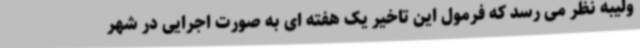
ولیبه نظر می رسد که فرمول این تاخیر یک هفته ای به صورت اجرایی در شهر